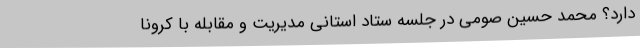
دارد؟ محمد حسین صومی در جلسه ستاد استانی مدیریت و مقابله با کرونا